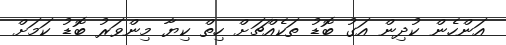
އަންހެން ކުދިން އަގު ބޮޑު ތަކެއްޗަށް ހިތް ކިޔާ މިންވަރު ބޮޑު ކަމަށް